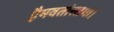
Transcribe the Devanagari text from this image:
हैमवतांस्तथा।